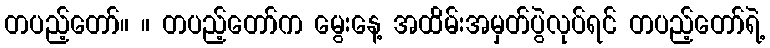
တပည့်တော်။ ။ တပည့်တော်က မွေးနေ့ အထိမ်းအမှတ်ပွဲလုပ်ရင် တပည့်တော်ရဲ့